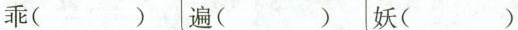
乖( ) 遍( ) 妖( )